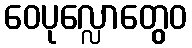
ဝေပုလ္လောတွေဝ